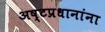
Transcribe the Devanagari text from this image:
अष्टप्रधानांना